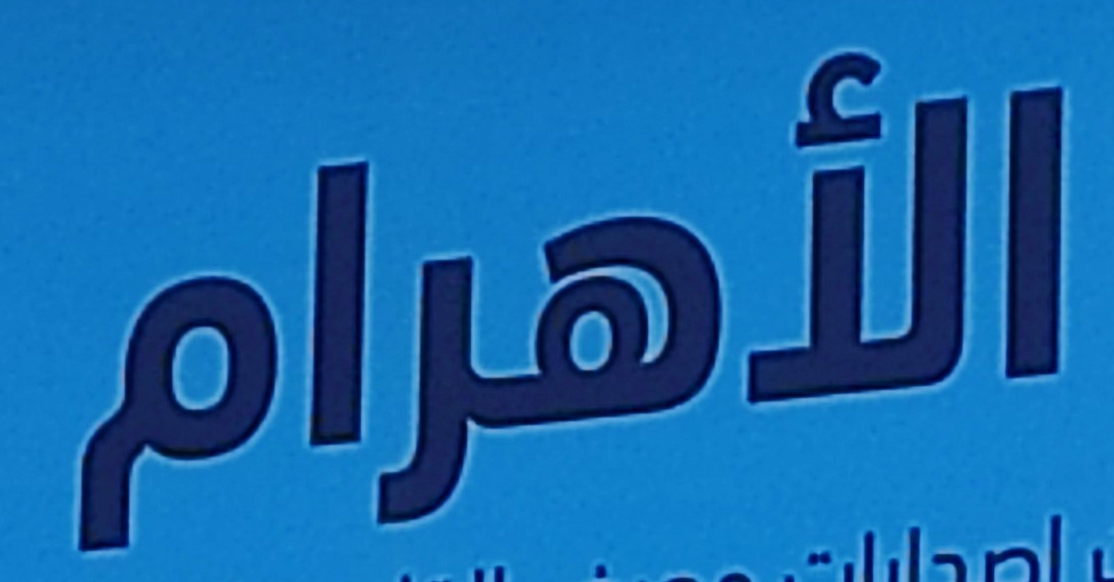
الأهرام